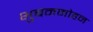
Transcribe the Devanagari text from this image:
भुबनमोहन